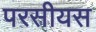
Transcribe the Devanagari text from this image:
परसीयस